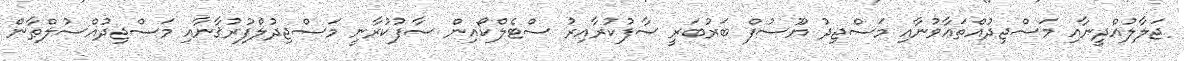
ޖަލާލުއްދީނާއި މަސްޖިދުއްތަޢާވުނާއި މަސްޖިދު ޔޫސުފް ބަރުބަރީ ސާފުކުރާއިރު ސްޓެލްކޯއިން ސާފުކުރާނީ މަސްޖިދުލްފުރުޤާނާއި މަސްޖިދުއްސުލްޠާން